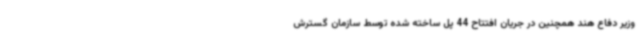
وزیر دفاع هند همچنین در جریان افتتاح 44 پل ساخته شده توسط سازمان گسترش